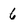
Character: 6